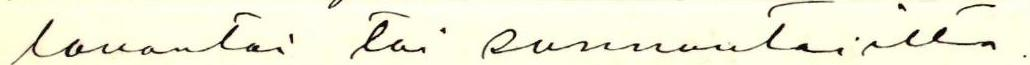
lauantai tai sunnuntai ilta-